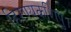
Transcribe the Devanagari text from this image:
हिरण्यकशिपु।